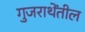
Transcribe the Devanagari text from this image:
गुजराथेंतील